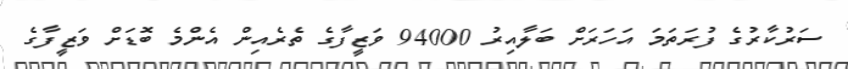
ސަރުކާރުގެ ފުރަތަމަ އަހަރަށް ބަލާއިރު 94000 ވަޒީފާގެ ތެރެއިން އެންމެ ބޮޑަށް ވަޒީފާގެ